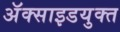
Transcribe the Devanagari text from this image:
अॅक्साइडयुक्त